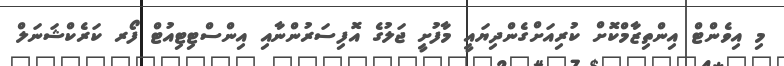
މި އިވެންޓް އިންތިޒާމްކޮށް ކުރިއަށްގެންދިޔައީ މާފުށީ ޖަލުގެ އޮފިސަރުންނާއި އިންސްޓިޓިއުޓް ފޯރ ކަރެކްޝަނަލް